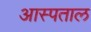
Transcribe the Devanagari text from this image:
आस्पताल